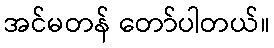
အင်မတန် တော်ပါတယ်။